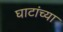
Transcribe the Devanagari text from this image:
घाटांच्या